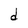
Character: d